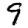
Digit: 9